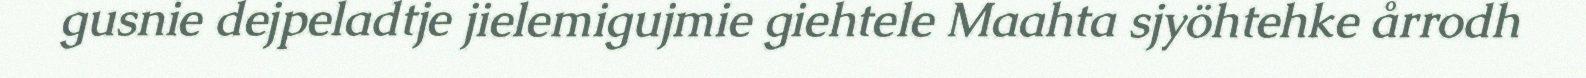
gusnie dejpeladtje jielemigujmie giehtele Maahta sjyöhtehke årrodh